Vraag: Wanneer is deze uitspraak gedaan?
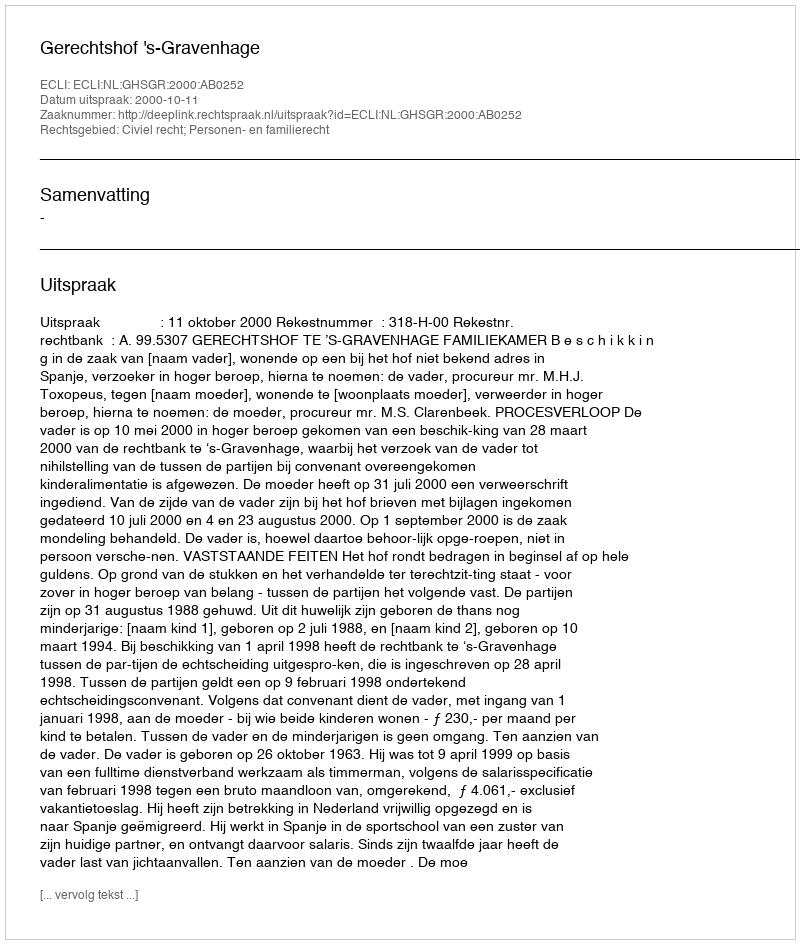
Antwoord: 2000-10-11